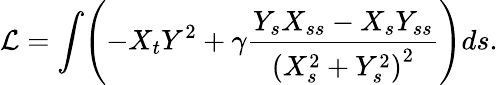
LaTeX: \mathcal{L}=\int\Biggl(-X_{t}Y^{2}+\gamma\frac{Y_{s}X_{ss}-X_{s}Y_{ss}}{\left(X_{s}^{2}+Y_{s}^{2}\right)^{2}}\Biggr)ds.